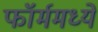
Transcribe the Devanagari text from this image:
फॉर्ममध्‍ये